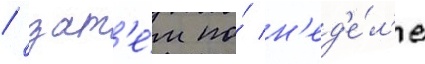
/ зат'е́м по́ н'ед'е́л'е